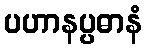
ပဟာနပ္ပဓာနံ